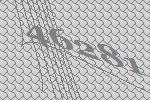
46281